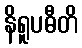
နိရူပဓီတိ